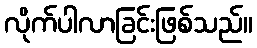
လိုက်ပါလာခြင်းဖြစ်သည်။